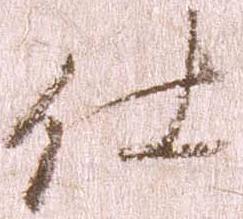
仕